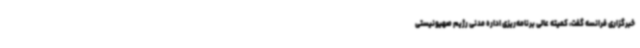
خبرگزاری فرانسه گفت، کمیته عالی برنامه‌ریزی اداره مدنی رژیم صهیونیستی